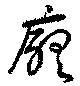
庁